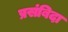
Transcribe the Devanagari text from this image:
प्रसंबिदा